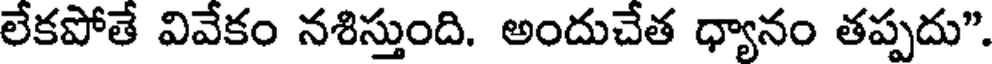
లేకపోతే వివేకం నశిస్తుంది. అందుచేత ధ్యానం తప్పదు".